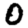
Digit: 0